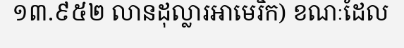
១៣.៩៥២ លានដុល្លារអាមេរិក) ខណៈដែល